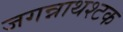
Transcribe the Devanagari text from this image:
जगन्नाथश्टक